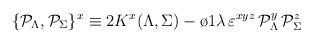
LaTeX: \begin{align*}\{{\cal P}_\Lambda, {\cal P}_\Sigma\}^x \equiv 2 K^x (\Lambda,\Sigma) - {\o{1}{\lambda}} \, \varepsilon^{xyz} \,{\cal P}_\Lambda^y \, {\cal P}_\Sigma^z\end{align*}